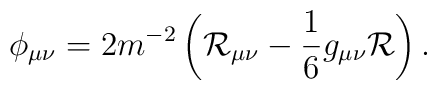
\phi_{\mu\nu}=2m^{-2}\left(\mathcal{R}_{\mu\nu}-\frac{1}{6}g_{\mu\nu}\mathcal{R}\right).